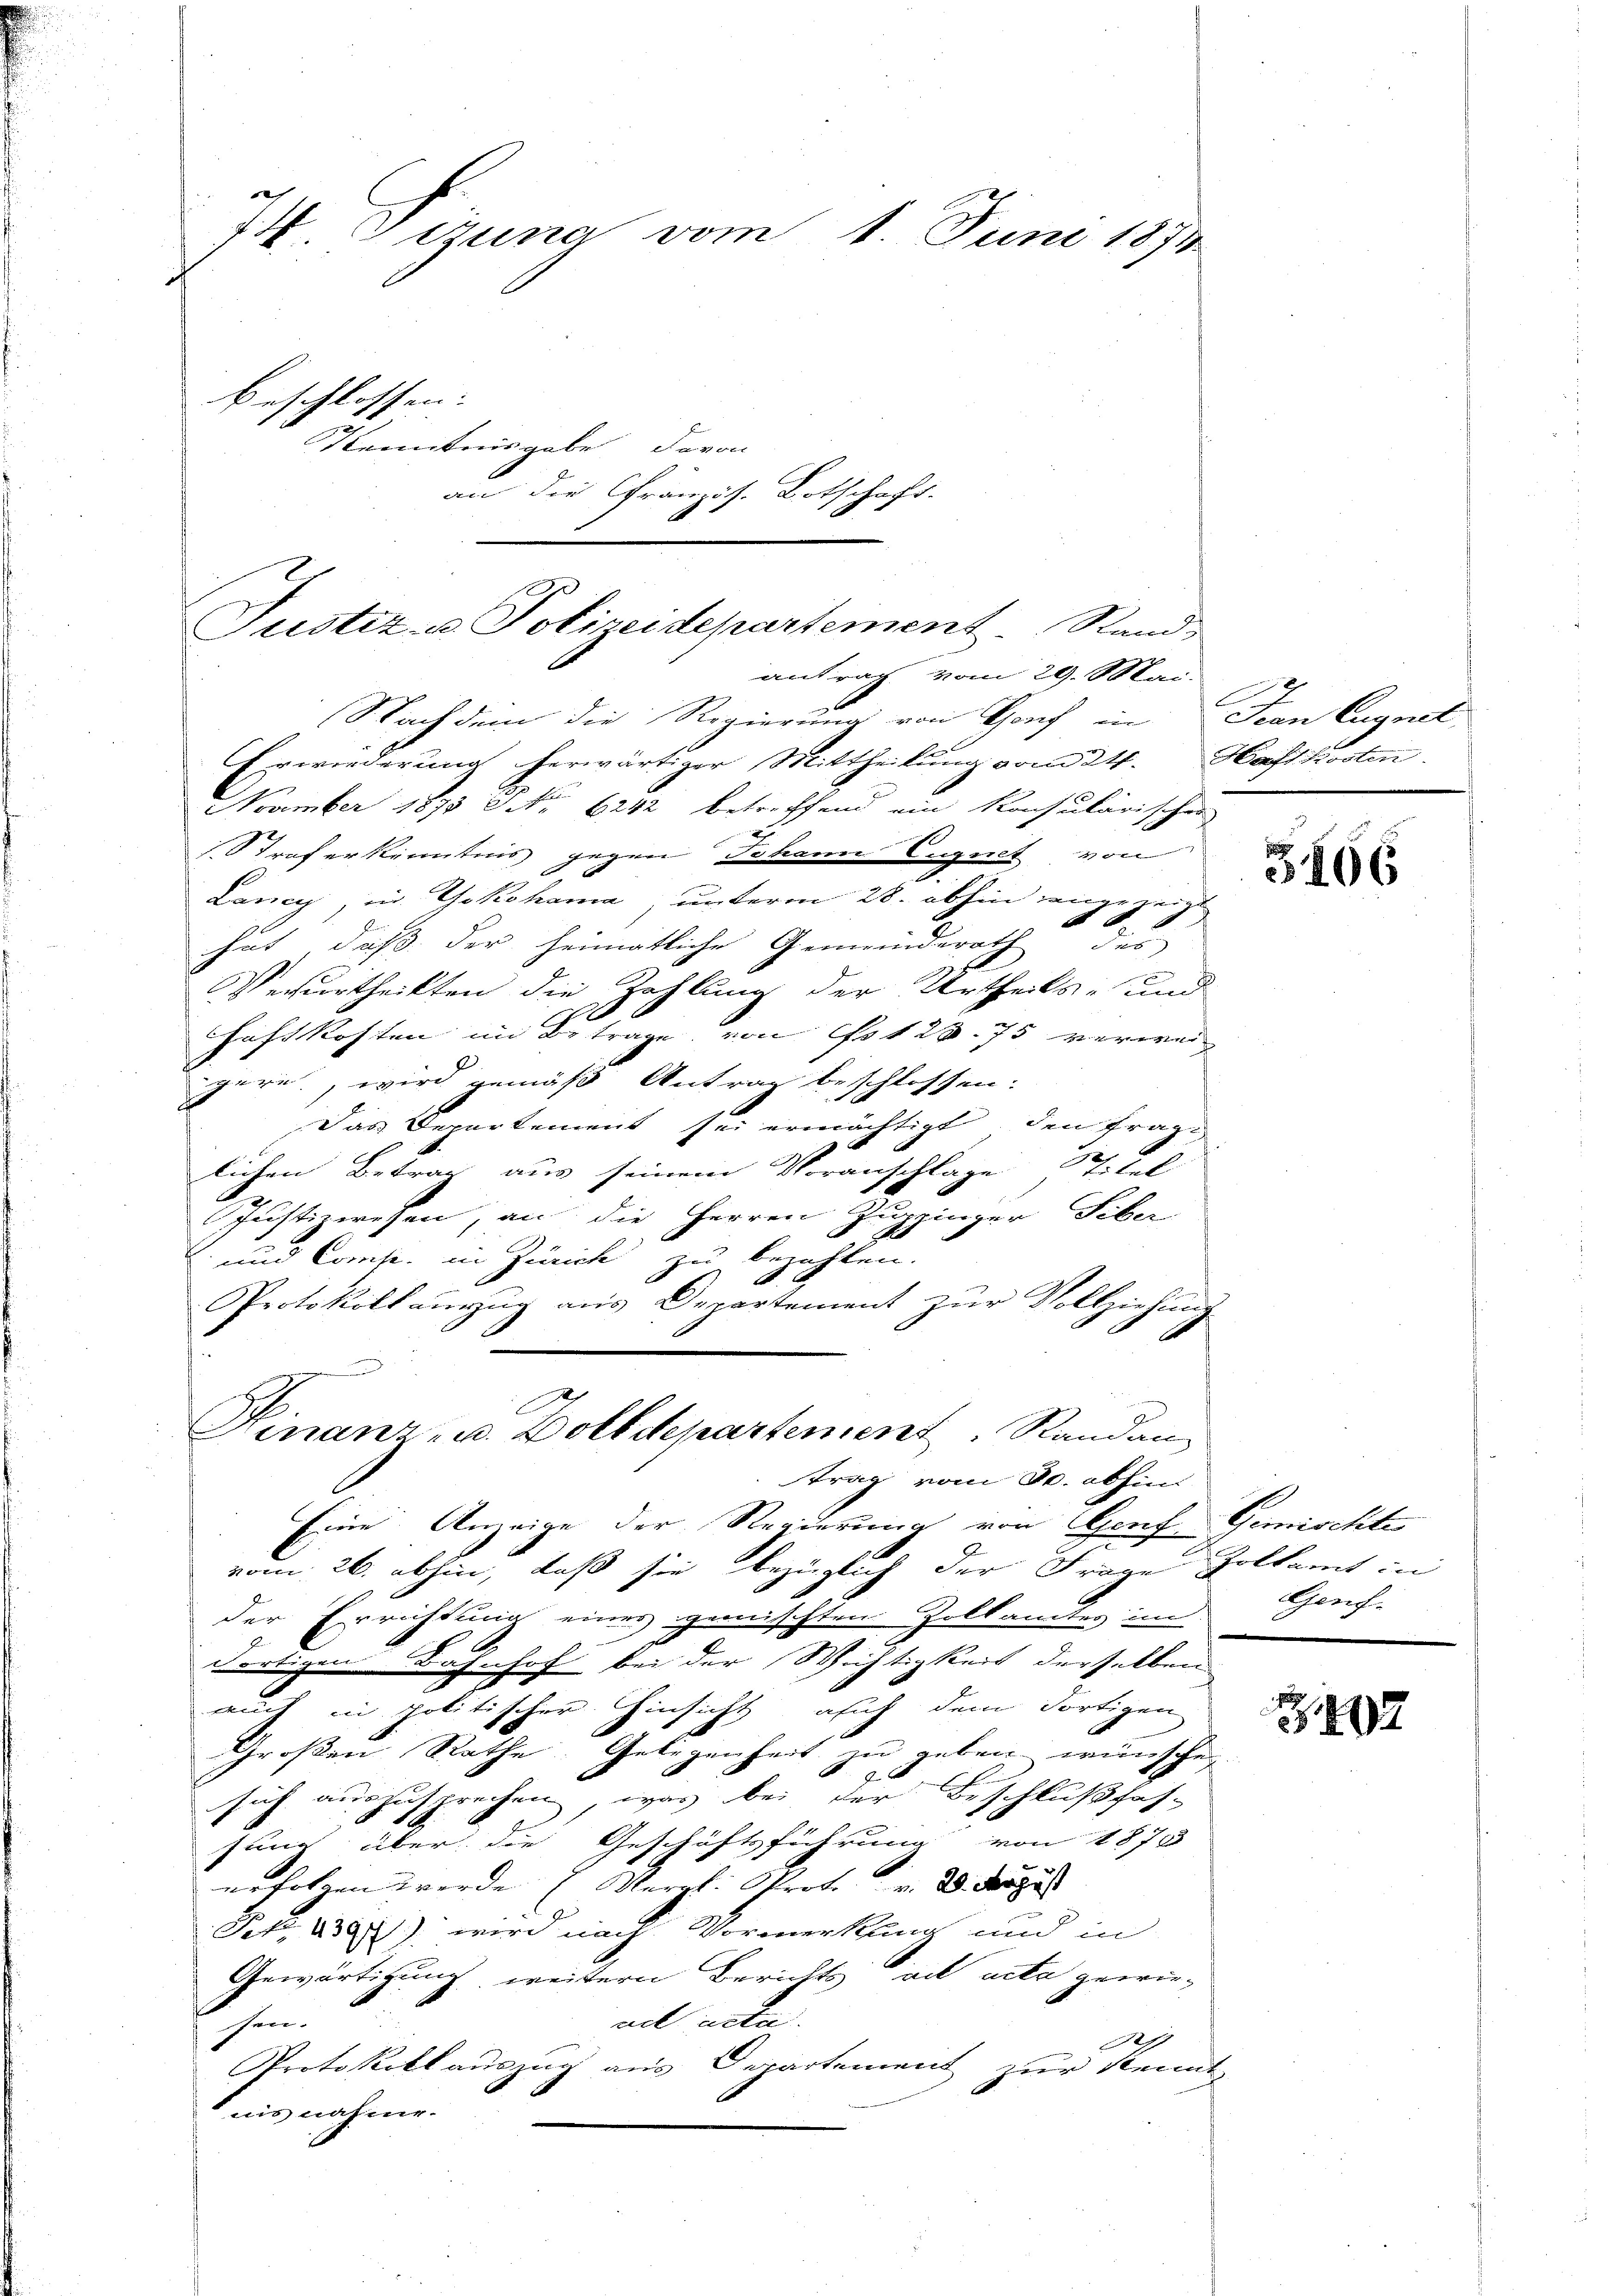
74. Tizuna vom 1. Juni 1874.
beschlossen:
Kenntnisgabe davon
an die Französ. Botschaft.

Justiz- u Polizeidepartement. Rand
antrag vom 29. Mai.

Nachdem die Regierung von Hof in Jean Cugnet,
Erwiederung herwärtiger Mittheilung vom 24. Haftkosten.
November 1873 No 6242 betreffend ein konsularischen
Straferkenntnis gegen Johann Eugnet von
Laney, in Yokohama, unterm 28. abhin jener zeigt
6
hat, daß der heimatliche Gemeinderath des
Verurtheilten die Zahlung der Urtheils- und
hoft kosten im Betrage, von Est 28. 75 verwei
pere, wird gemäß Antrag beschlossen:
Das Departement sei ermächtigt, den frage
lichen Betrag aus seinem Voranschlage St. Let
d
Justizwesen, an die Herren Zuppinger Siber
und Comp. in Zürich zu bezahlen.
1
Protokollauszug aus Departement zŭr Vollziehung
trag vom 30. abhin
Eine Anzeige der Regierung von Graf Gemischte
vom 26. abhin, daß sie bezüglich der Frage Zolkamt in
der Errichtung eines gemischten Zolkamtes im
dortigen Bahnhof bei der Wichtigkeit derselben
auch in politischer Hinsicht, auch dem dortigen
Großen Rathe Gelegenheit zu geben wünsche
sich auszusprechen, was bei der Beschlußfas-
.
sung über die Geschäftsführung von 1873
erfolgen werde (Vergl. Prof. v. 30. Augus
Petz. 239) wird nach Vormerkung und in
Gewärtigung, weitern Berichts ad acta gewie-
ad acta.
hin

Protokoll auszug aus Departement zur kennt
nis nahme.

Hinanz- u. Zolldepartement, Randan

3106

Genf.

Z.192